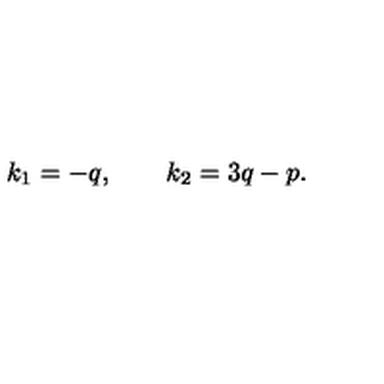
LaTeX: k _ { 1 } = - q , \qquad k _ { 2 } = 3 q - p .